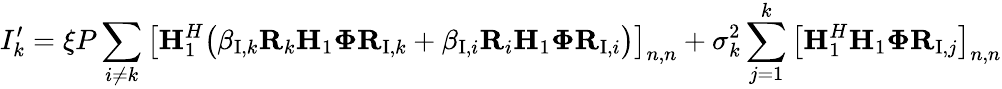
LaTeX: I_{k}^{\prime}=\xi P\sum_{i\neq k}\big[{\mathbf H}_{1}^{H}\big(\beta_{\mathrm{I},k}\mathbf{R}_{k}{\mathbf H}_{1}{\mathbf\Phi}{\mathbf R}_{\mathrm{I},k}+\beta_{\mathrm{I},i}\mathbf{R}_{i}{\mathbf H}_{1}{\mathbf\Phi}{\mathbf R}_{\mathrm{I},i}\big)\big]_{n,n}+\sigma_{k}^{2}\sum_{j=1}^{k}\big[{\mathbf H}_{1}^{H}{\mathbf H}_{1}{\mathbf\Phi}{\mathbf R}_{\mathrm{I},j}\big]_{n,n}